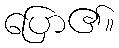
ပြော၏။